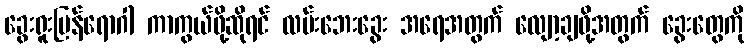
ခွေးရူးပြန်ရောဂါ ကာကွယ်ဖို့ဆိုရင် လမ်းဘေးခွေး အရေအတွက် လျော့ချဖို့အတွက် ခွေးတွေကို